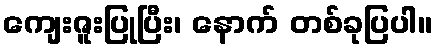
ကျေးဇူးပြုပြီး၊ နောက် တစ်ခုပြပါ။